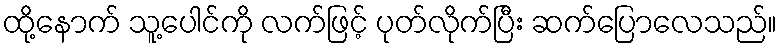
ထို့နောက် သူ့ပေါင်ကို လက်ဖြင့် ပုတ်လိုက်ပြီး ဆက်ပြောလေသည်။